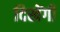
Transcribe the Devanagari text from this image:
दिखेंगी